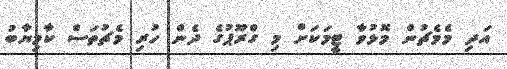
އަދި މެމެޗުން މޮޅުވާ ޓީމަކަށް މި ގްރޫޕުގެ ދެން ހުރި މެޗުތަސް ކާމިޔާބު